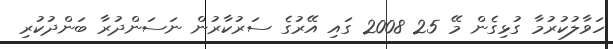
ހަވާލުކުރުމާ ގުޅިގެން މޭ 25 2008 ގައި އޭރުގެ ސަރުކާރުން ނަސަންދުރާ ބަންދުކުރި